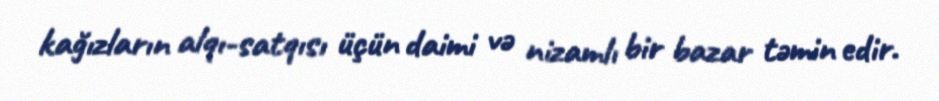
kağızların alqı-satqısı üçün daimi və nizamlı bir bazar təmin edir.